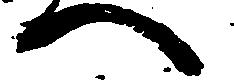
へ